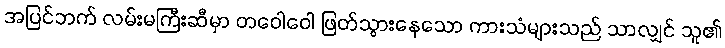
အပြင်ဘက် လမ်းမကြီးဆီမှာ တဝေါဝေါ ဖြတ်သွားနေသော ကားသံများသည် သာလျှင် သူ၏